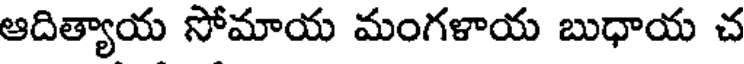
ఆదిత్యాయ సోమాయ మంగళాయ బుధాయ చ